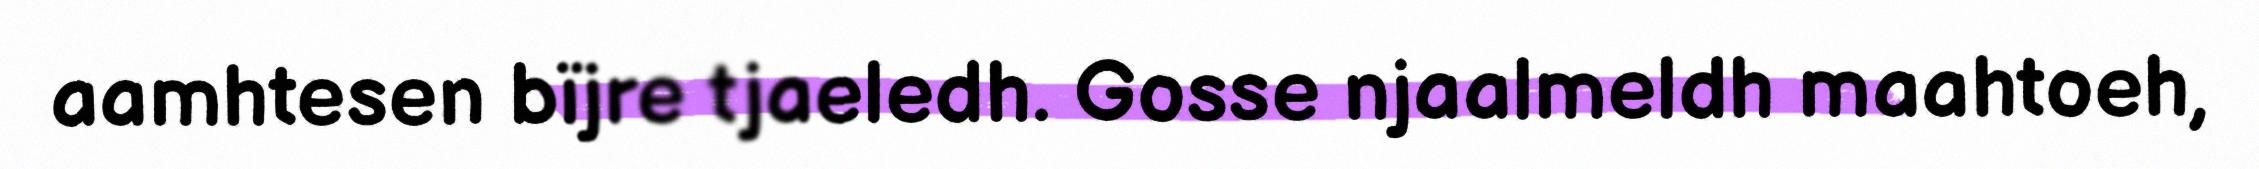
aamhtesen bïjre tjaeledh. Gosse njaalmeldh maahtoeh,